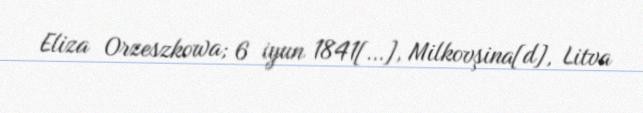
Eliza Orzeszkowa; 6 iyun 1841[…], Milkovşina[d], Litva